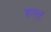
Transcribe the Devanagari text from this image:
हल्ट